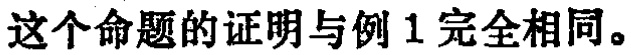
这个命题的证明与例 1 完全相同。